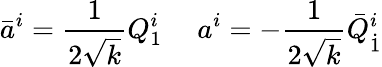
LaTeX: \bar{a}^{i}={\frac{1}{2\sqrt{k}}}Q_{1}^{i}\ \ \ \ \ a^{i}=-{\frac{1}{2\sqrt{k}}}\bar{Q}_{\dot{1}}^{i}